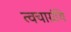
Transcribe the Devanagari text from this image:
त्वचाग्रंथि